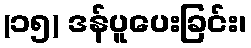
(၁၅) ဒန်ပူပေးခြင်း၊